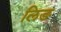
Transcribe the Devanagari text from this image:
लिङ